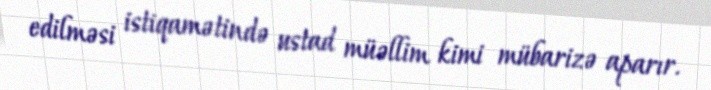
edilməsi istiqamətində ustad müəllim kimi mübarizə aparır.